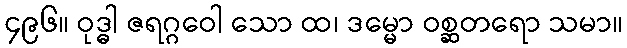
၄၉၆။ ဝုဒ္ဓါ ဇရဂ္ဂဝေါ သော ထ၊ ဒမ္မော ဝစ္ဆတရော သမာ။